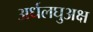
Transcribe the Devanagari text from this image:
अर्धलघुअक्ष